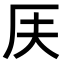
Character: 𠨶